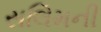
સલિમની